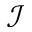
\mathcal { I }